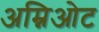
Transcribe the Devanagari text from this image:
अम्निओट